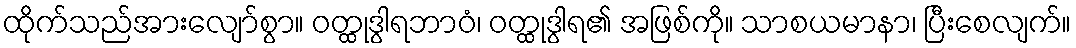
ထိုက်သည်အားလျော်စွာ။ ဝတ္ထုဒွါရဘာဝံ၊ ဝတ္ထုဒွါရ၏ အဖြစ်ကို။ သာစယမာနာ၊ ပြီးစေလျက်။